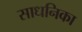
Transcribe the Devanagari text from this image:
साधनिका